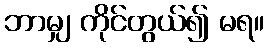
ဘာမျှ ကိုင်တွယ်၍ မရ။